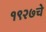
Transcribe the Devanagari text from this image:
१९२७चे